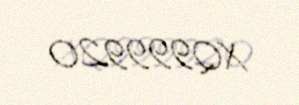
XQ999920